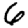
Digit: 6